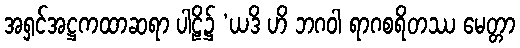
အရှင်အဋ္ဌကထာဆရာ ပါဠိ၌ ‘ယဒိ ဟိ ဘဂဝါ ရာဂစရိတဿ မေတ္တာ